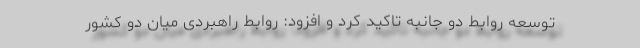
توسعه روابط دو جانبه تاکید کرد و افزود: روابط راهبردی میان دو کشور